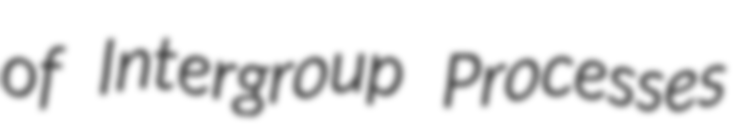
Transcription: of Intergroup Processes